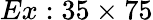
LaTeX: Ex:35\times 75